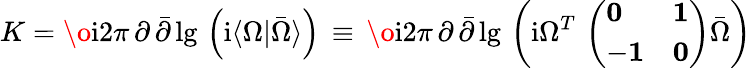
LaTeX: K={\o\mathrm{i}{2\pi}}\, \partial\, {\bar{\partial}}\, \mathrm{lg}\, \left(\mathrm{i}\langle\Omega\vert{\bar{\Omega}}\rangle\right)\, \equiv\, {\o\mathrm{i}{2\pi}}\, \partial\, {\bar{\partial}}\, \mathrm{lg}\, \left(\mathrm{i}\Omega^{T}\, \left(\begin{array}{ll}{{{\mathbf 0}}}&{{{\mathbf 1}}}\\ {{-{\mathbf 1}}}&{{{\mathbf 0}}}\end{array}\right){\bar{\Omega}}\right)